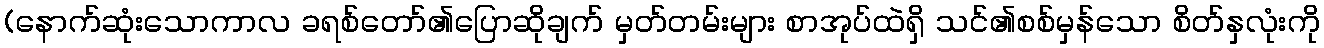
(နောက်ဆုံးသောကာလ ခရစ်တော်၏ပြောဆိုချက် မှတ်တမ်းများ စာအုပ်ထဲရှိ သင်၏စစ်မှန်သော စိတ်နှလုံးကို